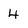
Character: 4